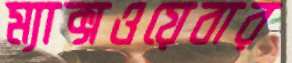
ম্যাক্সওয়েবার